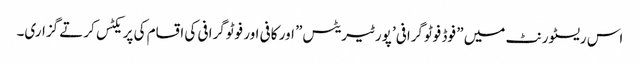
اس ریسٹورنٹ میں ” فوڈ فوٹوگرافی’ پورٹیریٹس” اور کافی اور فوٹوگرافی کی اقسام کی پریکٹس کرتے گزاری۔